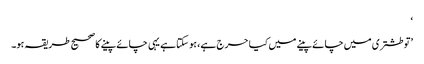
‘
’تو طشتری میں چائے پینے میں کیا حرج ہے، ہو سکتا ہے یہی چائے پینے کا صحیح طریقہ ہو۔